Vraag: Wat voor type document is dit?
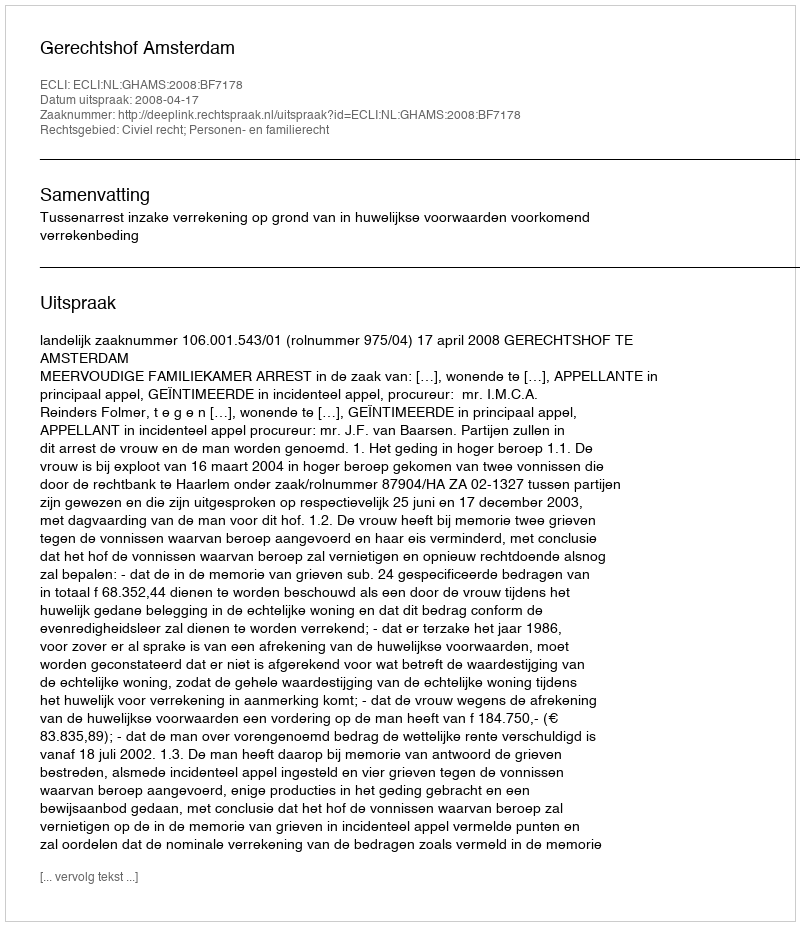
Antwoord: Uitspraak